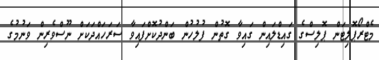
މެޓްރޯޕޮލިޓަން ޕޮލިސްގެ ގައިޑްލައިން ގައިވާ ގޮތުން ފުލުހުން ބަންދުކޮށްފައިވާ ސަރަހައްދަކަށް ނޫސްވެރިން ވަނުމުގެ